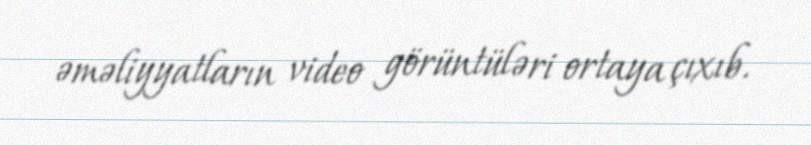
əməliyyatların video görüntüləri ortaya çıxıb.